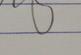
Signature authenticity: genuine